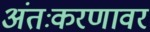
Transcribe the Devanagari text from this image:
अंतःकरणावर